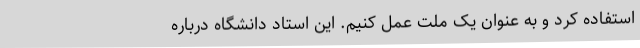
استفاده کرد و به عنوان یک ملت عمل کنیم. این استاد دانشگاه درباره